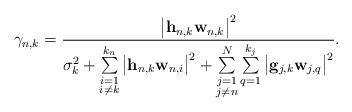
LaTeX: \begin{align*}\gamma_{n,k}=\frac{\big|\mathbf{h}_{n,k}\mathbf{w}_{n,k}\big|^{2}}{\sigma_{k}^{2}+\sum\limits_{\substack{i=1\\i\neq{}k}}^{k_{n}}\big|\mathbf{h}_{n,k}\mathbf{w}_{n,i}\big|^{2}+\sum\limits_{\substack{j=1\\j\neq{}n}}^{N}\sum\limits_{q=1}^{k_{j}}\big|\mathbf{g}_{j,k}\mathbf{w}_{j,q}\big|^{2}}.\end{align*}